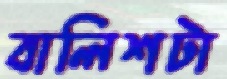
বালিশটা